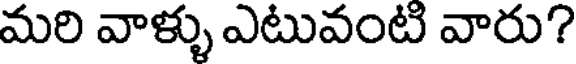
మరి వాళ్ళు ఎటువంటి వారు?